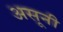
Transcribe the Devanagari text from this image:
असूनी